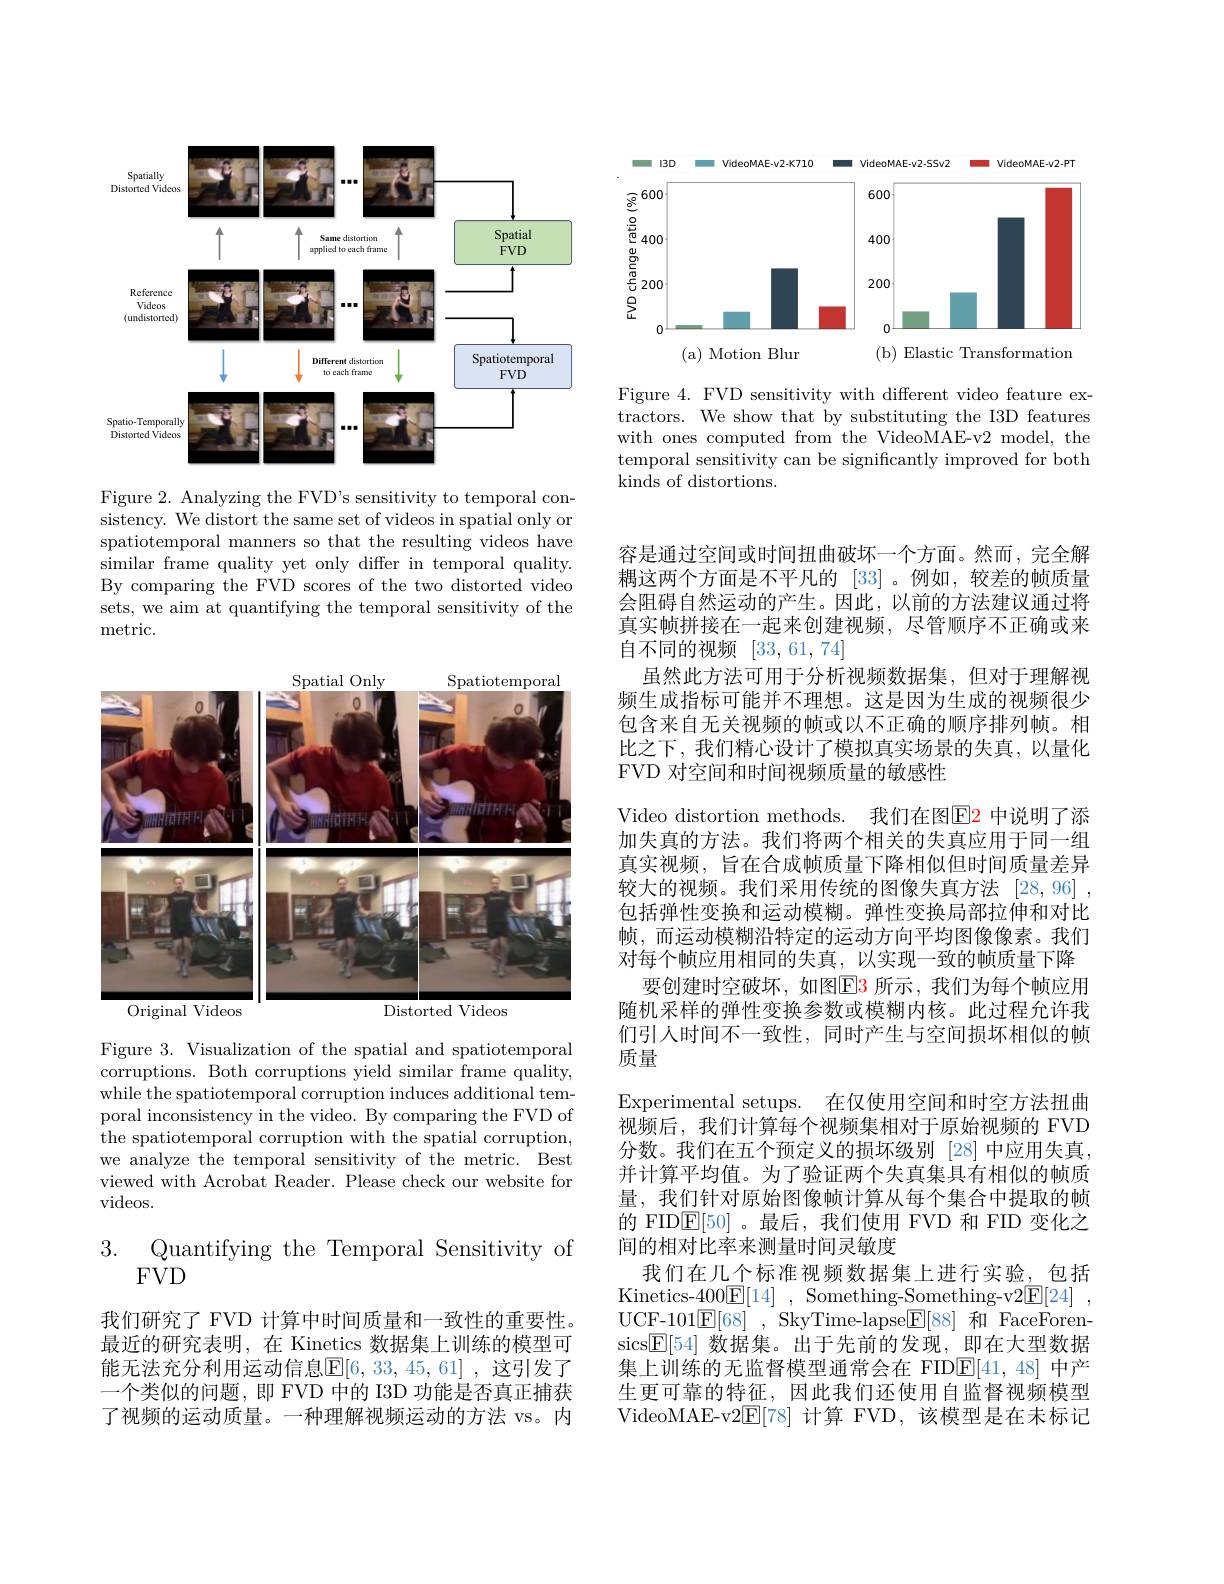
<FigureHere>

Figure 2. Analyzing the FVD's sensitivity to temporal consistency. We distort the same set of videos in spatial only or spatiotemporal manners so that the resulting videos have similar frame quality yet only differ in temporal quality. By comparing the FVD scores of the two distorted video sets, we aim at quantifying the temporal sensitivity of the metric.

<FigureHere>

Figure 3. Visualization of the spatial and spatiotemporal corruptions. Both corruptions yield similar frame quality, while the spatiotemporal corruption induces additional temporal inconsistency in the video. By comparing the FVD of the spatiotemporal corruption with the spatial corruption, we analyze the temporal sensitivity of the metric. Best viewed with Acrobat Reader. Please check our website for videos.

# 3. Quantifying the Temporal Sensitivity of $FVD$

我们研究了 FVD 计算中时间质量和一致性的重要性。最近的研究表明，在 Kinetics 数据集上训练的模型可能无法充分利用运动信息$\mathbb{E}[6,33,45,61]$ ,这引发了一个类似的问题，即 FVD 中的 I3D 功能是否真正捕获了视频的运动质量。一种理解视频运动的方法 vs。内

<FigureHere>

Figure 4. FVD sensitivity with different video feature ex- $\bar{\text{tractors. We show that by substituting the I3D features}}$ with ones computed from the VideoMAE-v2 model, the temporal sensitivity can be significantly improved for both kinds of distortions.

容是通过空间或时间扭曲破坏一个方面。然而，完全解耦这两个方面是不平凡的 [33]。例如，较差的帧质量会阻碍自然运动的产生。因此，以前的方法建议通过将真实帧拼接在一起来创建视频，尽管顺序不正确或来自不同的视频[33,61,74]
虽然此方法可用于分析视频数据集，但对于理解视频生成指标可能并不理想。这是因为生成的视频很少包含来自无关视频的帧或以不正确的顺序排列帧。相比之下，我们精心设计了模拟真实场景的失真，以量化FVD 对空间和时间视频质量的敏感性
Video distortion methods. 我们在图$\color{#C00}{\mathrm{E}}$2 中说明了添加失真的方法。我们将两个相关的失真应用于同一组真实视频，旨在合成帧质量下降相似但时间质量差异较大的视频。我们采用传统的图像失真方法 [28,96] , 包括弹性变换和运动模糊。弹性变换局部拉伸和对比帧，而运动模糊沿特定的运动方向平均图像像素。我们对每个帧应用相同的失真，以实现一致的帧质量下降
要创建时空破坏，如图$\boxed{\mathrm{E}}3$ 所示，我们为每个帧应用随机采样的弹性变换参数或模糊内核。此过程允许我们引人时间不一致性，同时产生与空间损坏相似的帧质量
Experimental setups. 在仅使用空间和时空方法扭曲视频后，我们计算每个视频集相对于原始视频的 FVD 分数。我们在五个预定义的损坏级别 [28]中应用失真， 并计算平均值。为了验证两个失真集具有相似的帧质量，我们针对原始图像帧计算从每个集合中提取的帧的 FID$\underline{\mathrm{E}}[50]$ 。最后，我们使用 FVD 和 FID 变化之间的相对比率来测量时间灵敏度
我们在几个标准视频数据集上进行实验，包括Kinetics-400$\underline{\mathrm{E}}[14]$, Something-Something-v2$\underline{\mathrm{E}}[24]$, UCF-101$\underline {\mathrm{E} }[ 68]$ ,SkyTime-lapse$\underline {\mathrm{E} }[ 88]$ 和 FaceForensics$\boxed{\mathbb{E}}[54]$数据集。出于先前的发现，即在大型数据集上训练的无监督模型通常会在 FID$\overline{\mathrm{E}}[41,48]$中产生更可靠的特征，因此我们还使用自监督视频模型VideoMAE-v2$\mathbb{E}[78]$计算 FVD,该模型是在未标记